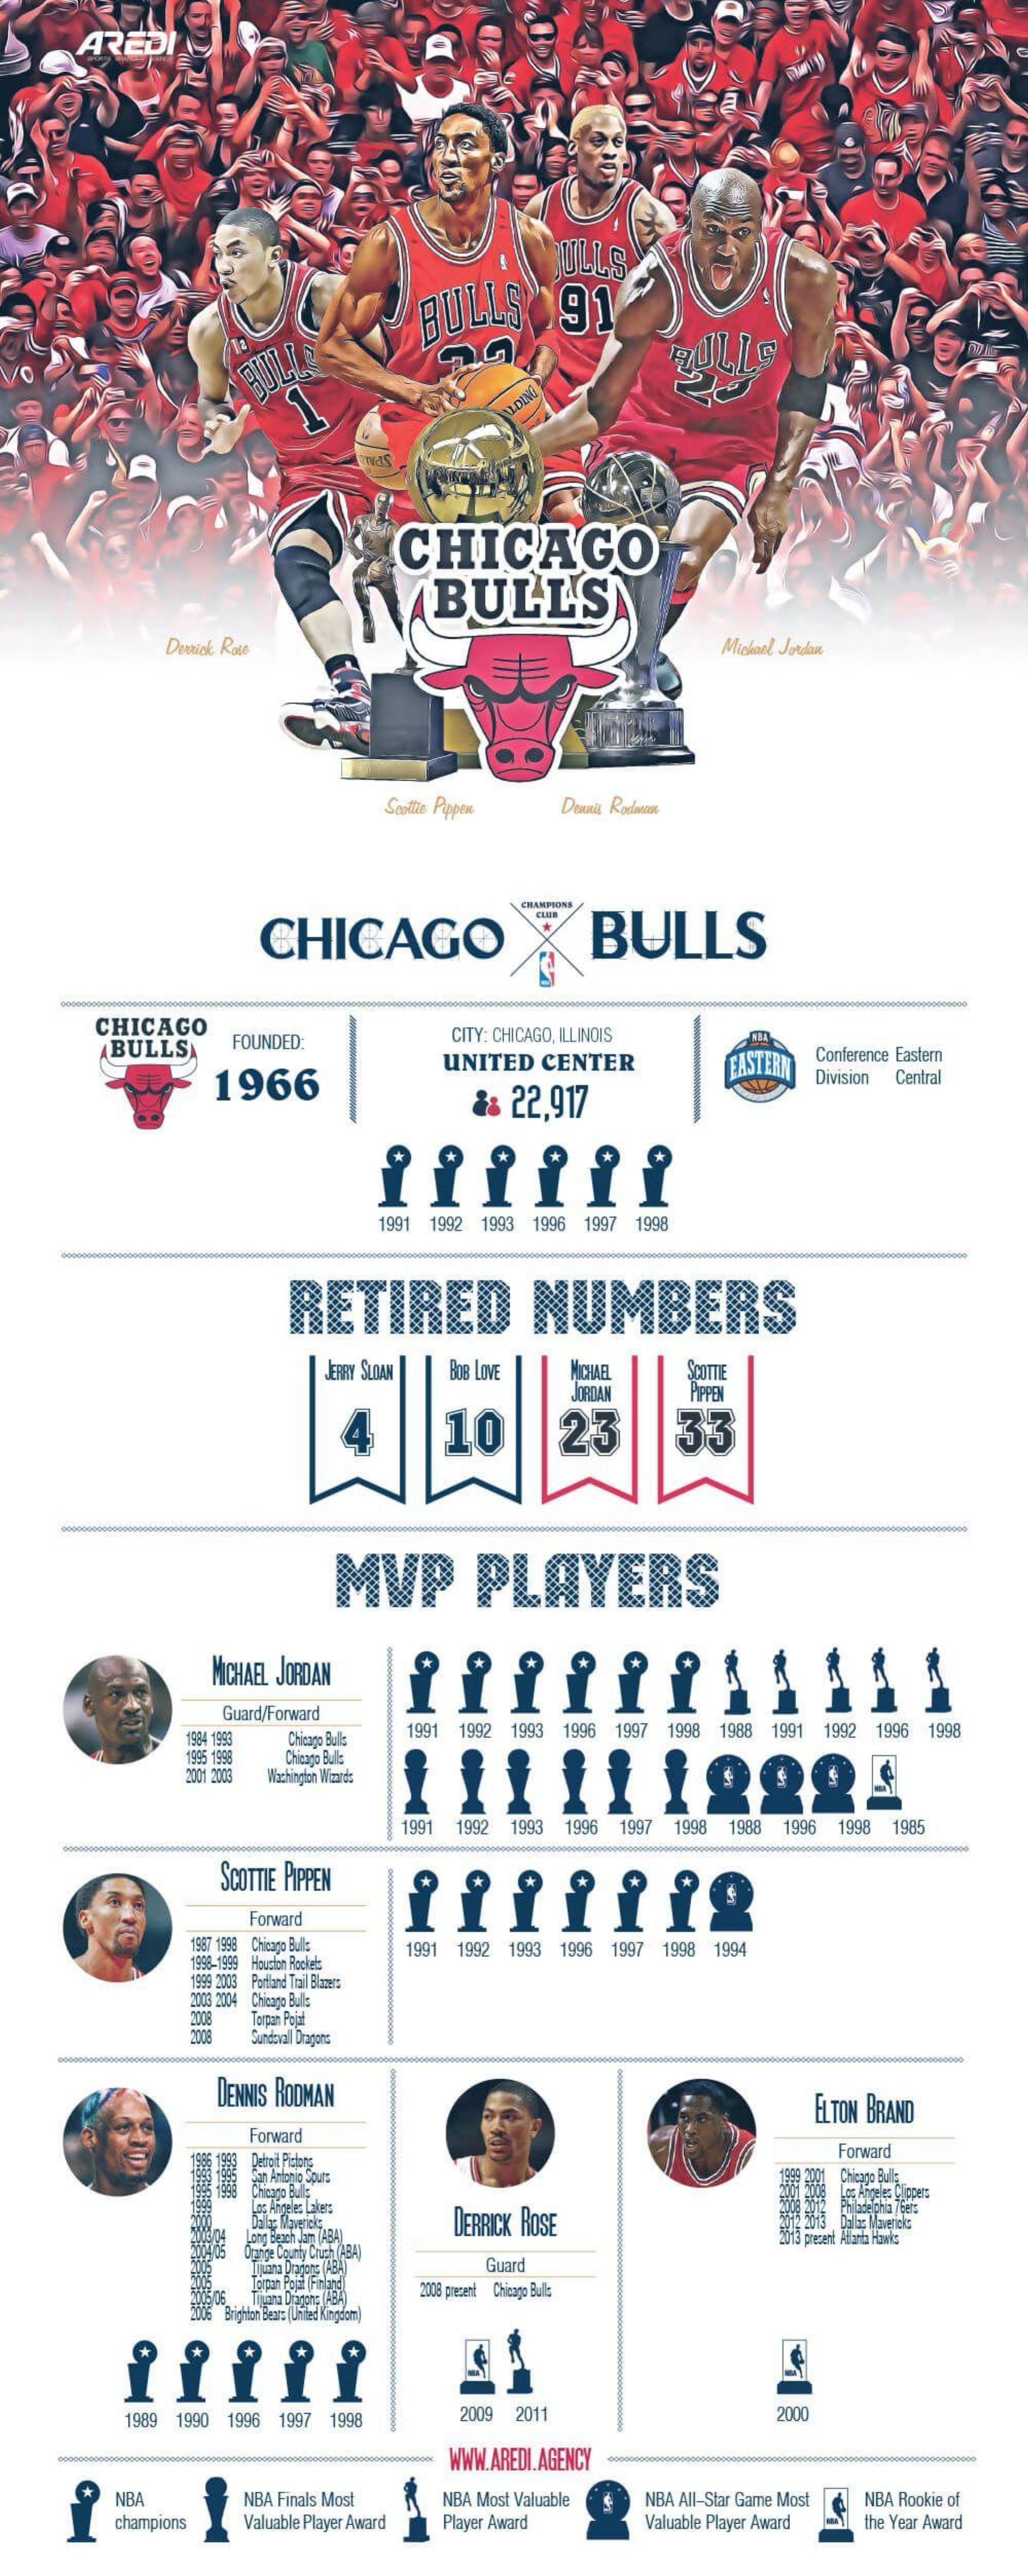
AREDI
     JULLS
     BULLS    91
     BULL    RULLE
     CHICAGO
     BULL'S
     Michael Jordan
     Scottie Pippen
     CHICAGO
     CHAMPIONS
     BULLS
     CHICAGO
     BULLS    FOUNDED:    CITY: CHICAGO, ILLINOIS
     1966
     UNITED  CENTER    FASTER
     Conference Eastern
     6 22,917
     Division Central
     1991 1992 1993 1996 1997 1998
     RETIRED    NUMBERS
     JERRY SLOAN BOB LOVE MICHAEL
     JORDAN
     SCOTTIE
     23
     PIPPEN
     10    33
     MVP    PLAYERS
     MICHAEL JORDAN  111111
     Guard/Forward
     1984 1983 Chicago Bull: 1991 1992 1993 1996 1997 1998 1988 1991 1992 1996 1998
     Chicago Bull:
     Nachington Wizards
     1991 1992 1993 1996 1997 1998 1988 1996 1998 1985
     SCOTTIE PIPPEN
     Forward
     1987 1998 Chicago Buls
     1998-1999 Houston Rockets
     1991 1992 1993 1996 1997 1998 1994
     199 2008
     2003 2004
     Porfand Ital Blazers
     2003 2004 Chicago Bulls
     Torpan Pojat
     Sundsval Dragons
     DENNIS RODMAN    ELTON BRAND
     Forward
     Detroit Piclang
     Forward
     san Antonio Spurs
     Chicago Bulls
     200 Chicago Bulls
     Los Angeles Lakers
     DERRICK ROSE
     Ber Angeles Clippers
     693 2013 Dallas Mavericks
     16 04
     Dalas Maverick;
     Long Beach Jan (A84)
     Orange County Cruch (48A)
     2013 precent Atlanta Hawks
     Tijuana Dragene (ABA)
     Torpan Pojat (Finland)
     Guard
     Brighton Bear
     juana Diagens (ABZ 2008 precent Chicago Bulls
     Brighton Beats (United Kingdom)
     1989 1990 1996 1997 1998   2009 2011    2000
     600000    WWW.AREDI.AGENCY
     NBA    NBA Finals Most  NBA Most Valuable NBA All-Star Game Most NBA Rookie of
     champions Valuable Player Award Player Award Valuable Player Award the Year Award